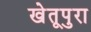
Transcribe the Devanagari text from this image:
खेतूपुरा